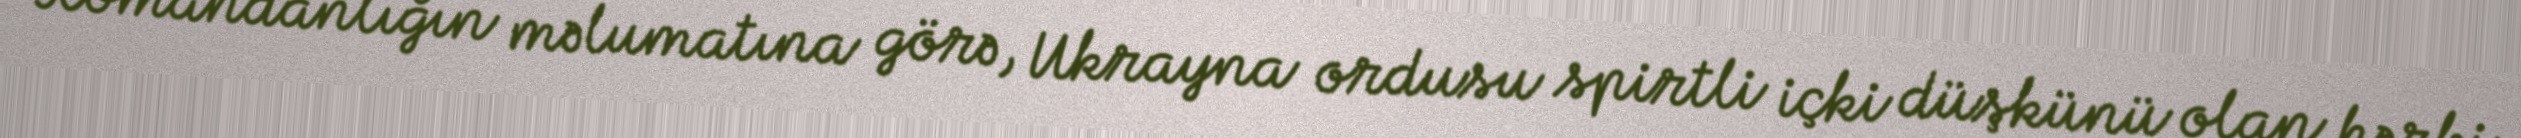
Komandanlığın məlumatına görə, Ukrayna ordusu spirtli içki düşkünü olan hərbi